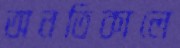
অনতিকালে